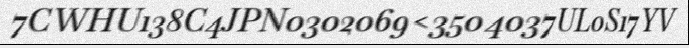
7CWHU138C4JPN0302069<3504037UL0S17YV